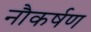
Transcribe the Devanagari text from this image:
नौकर्षण